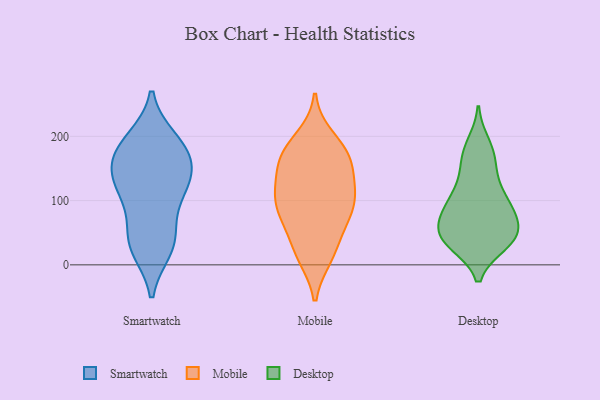
{"axis": {"x": "Shipments", "y": "Value"}, "legend": ["Desktop", "Mobile", "Smartwatch"], "data": [{"x": "", "y": 121, "type": "Smartwatch"}, {"x": "", "y": 157, "type": "Smartwatch"}, {"x": "", "y": 110, "type": "Smartwatch"}, {"x": "", "y": 35, "type": "Smartwatch"}, {"x": "", "y": 157, "type": "Smartwatch"}, {"x": "", "y": 130, "type": "Smartwatch"}, {"x": "", "y": 25, "type": "Smartwatch"}, {"x": "", "y": 53, "type": "Smartwatch"}, {"x": "", "y": 109, "type": "Smartwatch"}, {"x": "", "y": 185, "type": "Smartwatch"}, {"x": "", "y": 188, "type": "Smartwatch"}, {"x": "", "y": 31, "type": "Smartwatch"}, {"x": "", "y": 194, "type": "Smartwatch"}, {"x": "", "y": 160, "type": "Smartwatch"}, {"x": "", "y": 65, "type": "Mobile"}, {"x": "", "y": 124, "type": "Mobile"}, {"x": "", "y": 155, "type": "Mobile"}, {"x": "", "y": 197, "type": "Mobile"}, {"x": "", "y": 107, "type": "Mobile"}, {"x": "", "y": 109, "type": "Mobile"}, {"x": "", "y": 168, "type": "Mobile"}, {"x": "", "y": 173, "type": "Mobile"}, {"x": "", "y": 16, "type": "Mobile"}, {"x": "", "y": 177, "type": "Mobile"}, {"x": "", "y": 14, "type": "Mobile"}, {"x": "", "y": 88, "type": "Mobile"}, {"x": "", "y": 28, "type": "Mobile"}, {"x": "", "y": 159, "type": "Mobile"}, {"x": "", "y": 114, "type": "Mobile"}, {"x": "", "y": 82, "type": "Mobile"}, {"x": "", "y": 76, "type": "Mobile"}, {"x": "", "y": 68, "type": "Desktop"}, {"x": "", "y": 84, "type": "Desktop"}, {"x": "", "y": 90, "type": "Desktop"}, {"x": "", "y": 35, "type": "Desktop"}, {"x": "", "y": 97, "type": "Desktop"}, {"x": "", "y": 37, "type": "Desktop"}, {"x": "", "y": 168, "type": "Desktop"}, {"x": "", "y": 107, "type": "Desktop"}, {"x": "", "y": 38, "type": "Desktop"}, {"x": "", "y": 188, "type": "Desktop"}, {"x": "", "y": 42, "type": "Desktop"}, {"x": "", "y": 132, "type": "Desktop"}, {"x": "", "y": 151, "type": "Desktop"}, {"x": "", "y": 42, "type": "Desktop"}, {"x": "", "y": 64, "type": "Desktop"}, {"x": "", "y": 105, "type": "Desktop"}, {"x": "", "y": 33, "type": "Desktop"}, {"x": "", "y": 49, "type": "Desktop"}, {"x": "", "y": 176, "type": "Desktop"}, {"x": "", "y": 71, "type": "Desktop"}]}